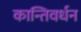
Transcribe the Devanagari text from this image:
कान्तिवर्धन